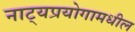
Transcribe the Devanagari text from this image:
नाट्यप्रयोगामधील